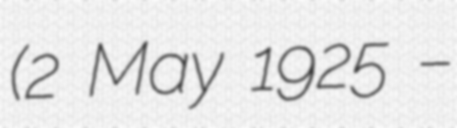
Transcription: (2 May 1925 –